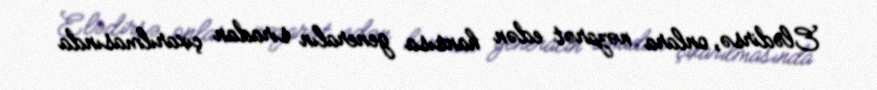
Elədirsə, onlara nəzarət edən hansısa generalın sıradan çıxarılmasında